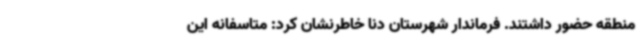
منطقه حضور داشتند. فرماندار شهرستان دنا خاطرنشان کرد: متاسفانه این